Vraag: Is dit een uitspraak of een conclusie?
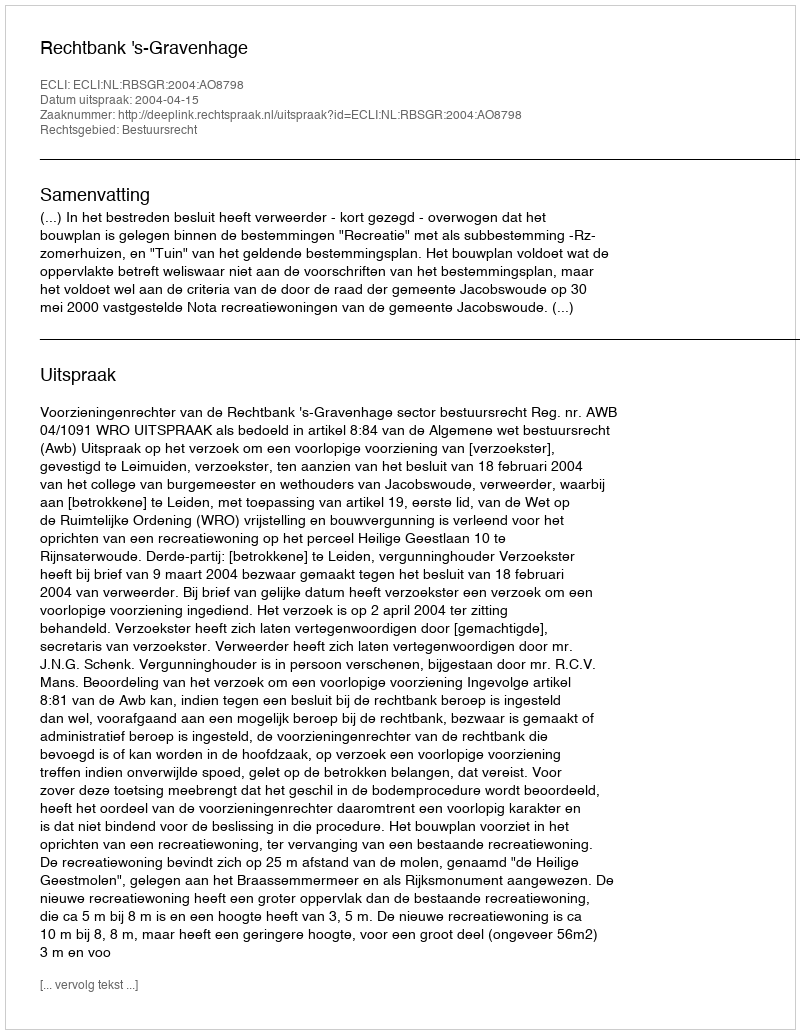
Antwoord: Uitspraak